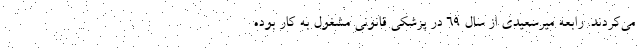
می‌کردند. رابعه میرسعیدی از سال ۶۹ در پزشکی قانونی مشغول به کار بوده